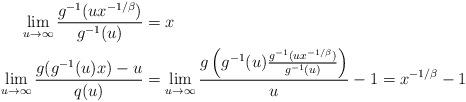
LaTeX: \begin{align*}\lim_{u\to\infty}\frac{g^{-1}(u x^{-1/\beta})}{g^{-1}(u)}&=x\\\lim_{u\to\infty}\frac{g(g^{-1}(u)x)-u}{q(u)}&=\lim_{u\to\infty}\frac{g\left(g^{-1}(u)\frac{g^{-1}(u x^{-1/\beta})}{g^{-1}(u)}\right)}{u}-1=x^{-1/\beta}-1\end{align*}